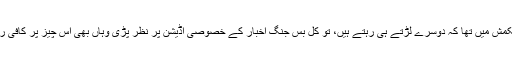
میں تو اس کشمکمش میں تھا کہ دُوسرے لڑتے ہی رہتے ہیں، تو کل بس جنگ اخبار کے خصوصی اڈیشن پر نظر پڑی وہاں بھی اس چیز پر کافی روشنی ڈالی گئی۔